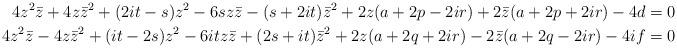
LaTeX: \begin{align*}4z^2\bar{z}+4z\bar{z}^2+(2it-s)z^2-6sz\bar{z}-(s+2it)\bar{z}^2 +2z(a+2p-2ir)+2\bar{z}(a+2p+2ir)-4d=0 \\4z^2\bar{z}-4z\bar{z}^2+(it-2s)z^2-6itz\bar{z}+(2s+it)\bar{z}^2 +2z(a+2q+2ir)-2\bar{z}(a+2q-2ir)-4if=0 \end{align*}